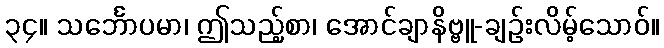
၃၄။ သင်္ဘောပမာ၊ ဤသည့်စာ၊ အောင်ချာနိဗ္ဗူ-ချဉ်းလိမ့်သောဝ်။